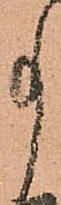
事